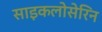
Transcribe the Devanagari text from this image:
साइकलोसेरिन